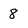
Character: 8